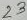
Text: 13